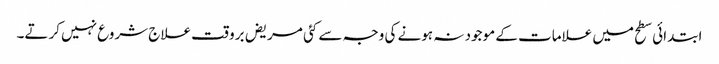
ابتدائی سطح میں علامات کے موجود نہ ہونے کی وجہ سے کئی مریض برو قت علاج شروع نہیں کرتے۔